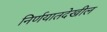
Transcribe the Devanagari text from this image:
निर्णयातदेखील